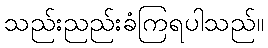
သည်းညည်းခံကြရပါသည်။